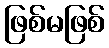
ဖြစ်မဖြစ်